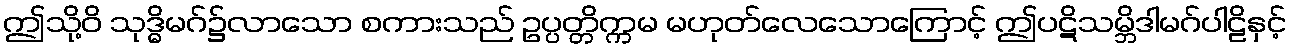
ဤသို့ဝိ သုဒ္ဓိမဂ်၌လာသော စကားသည် ဥပ္ပတ္တိက္ကမ မဟုတ်လေသောကြောင့် ဤပဋိသမ္ဘိဒါမဂ်ပါဠိနှင့်